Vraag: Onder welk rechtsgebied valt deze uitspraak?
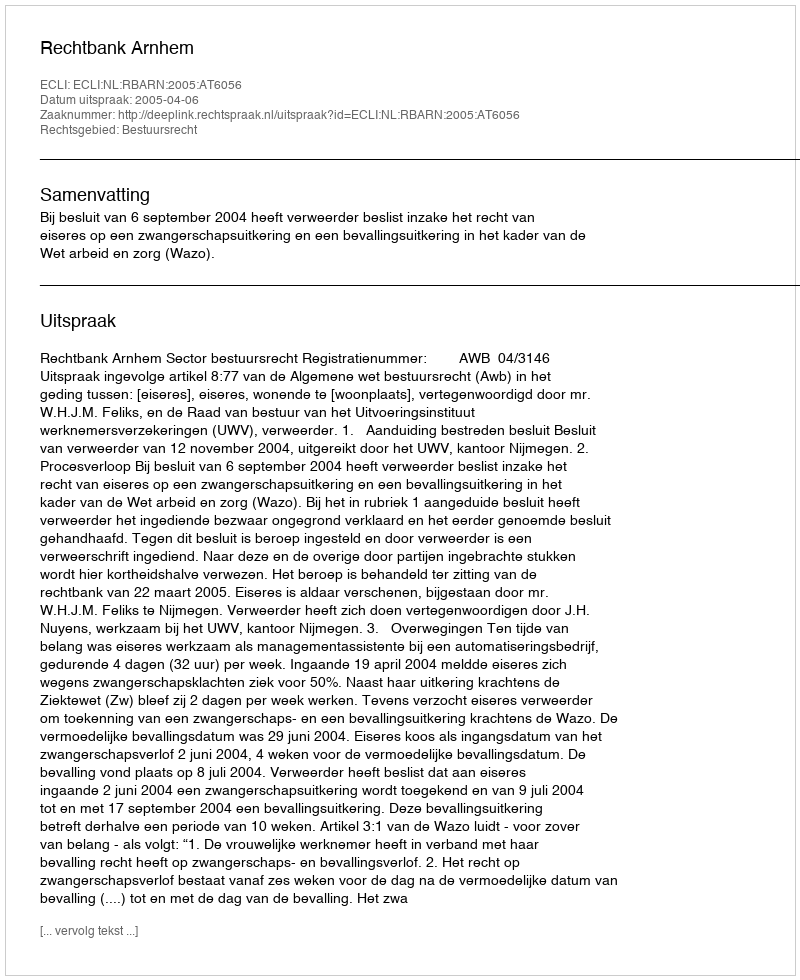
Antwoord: Bestuursrecht